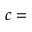
c =